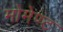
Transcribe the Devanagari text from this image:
मोमेण्ट